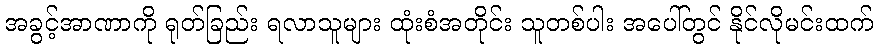
အခွင့်အာဏာကို ရုတ်ခြည်း ရလာသူများ ထုံးစံအတိုင်း သူတစ်ပါး အပေါ်တွင် နိုင်လိုမင်းထက်